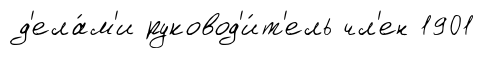
д'ела́м'и руковод'и́т'ель чл'ен 1901